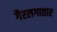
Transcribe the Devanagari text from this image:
गैरलगातार